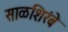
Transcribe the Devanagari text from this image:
साळशिरंबे